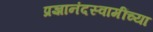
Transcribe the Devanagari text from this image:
प्रज्ञानंदस्वामींच्या